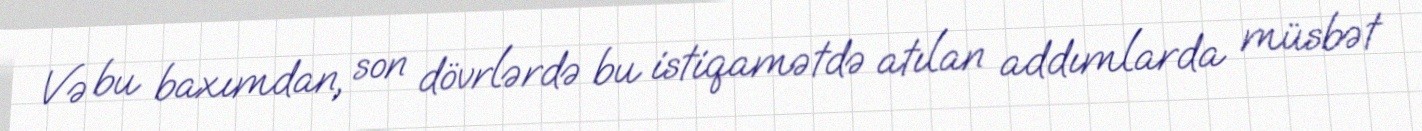
Və bu baxımdan, son dövrlərdə bu istiqamətdə atılan addımlarda müsbət